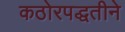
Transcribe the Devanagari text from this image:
कठोरपद्धतीने